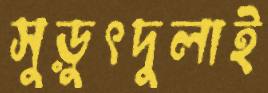
সুড়ুৎদুলাই